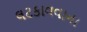
લટકાવવાના